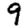
Digit: 9